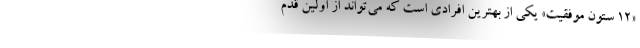
«12 ستون موفقیت» یکی از بهترین افرادی است که می‌تواند از اولین قدم